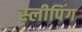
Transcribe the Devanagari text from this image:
स्‍लीपिंग